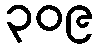
၃၀၉